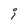
Character: i